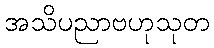
အသိပညာဗဟုသုတ